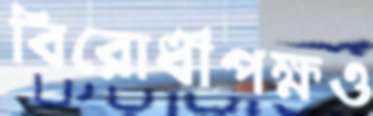
বিরোধীপক্ষও